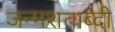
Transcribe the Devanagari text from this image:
जन्‍मशताब्‍दी